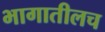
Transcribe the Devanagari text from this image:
भागातीलच